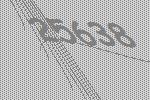
25638